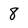
Character: 8